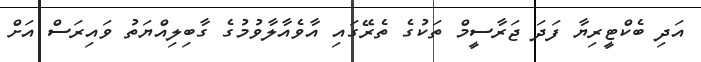
އަދި ބެކްޓީރިޔާ ފަދަ ޖަރާސީމް ތަކުގެ ތެރޭގައި އާވެއާލާވުމުގެ ގާބިލިއްޔަތު ވައިރަސް އަށް